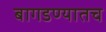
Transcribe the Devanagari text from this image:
बागडण्यातच